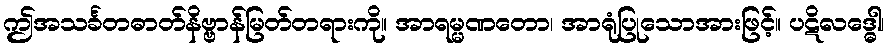
ဤအသင်္ခတဓာတ်နိဗ္ဗာန်မြတ်တရားကို။ အာရမ္မဏတော၊ အာရုံပြုသောအားဖြင့်။ ပဋိလဒ္ဓေါ၊